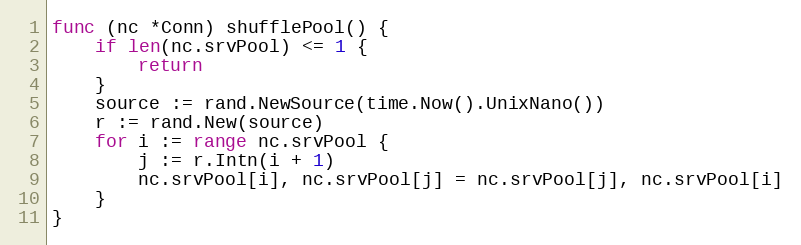
Language: Go
func (nc *Conn) shufflePool() {
	if len(nc.srvPool) <= 1 {
		return
	}
	source := rand.NewSource(time.Now().UnixNano())
	r := rand.New(source)
	for i := range nc.srvPool {
		j := r.Intn(i + 1)
		nc.srvPool[i], nc.srvPool[j] = nc.srvPool[j], nc.srvPool[i]
	}
}